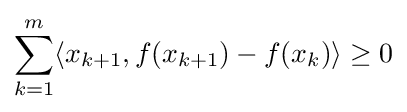
\sum _{k=1}^{m}\langle x_{k+1},f(x_{k+1})-f(x_{k})\rangle \geq 0